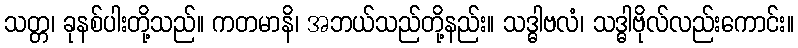
သတ္တ၊ ခုနစ်ပါးတို့သည်။ ကတမာနိ၊ အဘယ်သည်တို့နည်း။ သဒ္ဓါဗလံ၊ သဒ္ဓါဗိုလ်လည်းကောင်း။